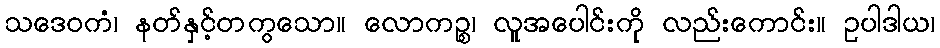
သဒေဝကံ၊ နတ်နှင့်တကွသော။ လောကဉ္စ၊ လူအပေါင်းကို လည်းကောင်း။ ဥပါဒါယ၊